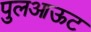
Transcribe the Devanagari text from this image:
पुलआऊट